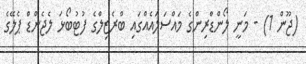
(ޖޫން 1) - މަނީ ލޯންޑްރިންގެ މައްސަލައެއްގައި ބްރެޒިލްގެ ފުޓުބޯޅަ ލެޖެންޑް ޕެލޭގެ